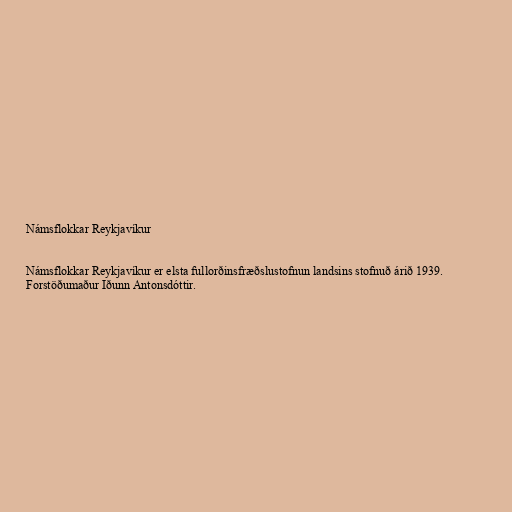
Námsflokkar Reykjavíkur

Námsflokkar Reykjavíkur er elsta fullorðinsfræðslustofnun landsins stofnuð árið 1939.
Forstöðumaður Iðunn Antonsdóttir.